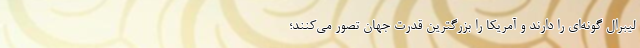
لیبرال گونه‌ای را دارند و آمریکا را بزرگترین قدرت جهان تصور می‌کنند؛